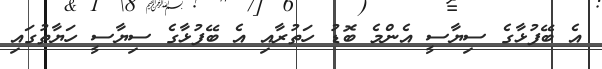
އެ ބޭފުޅާގެ ސިޔާސީ އެންމެ ބޮޑު ހަތުރާއި އެ ބޭފުޅާގެ ސިޔާސީ ހަޔާތުގައި